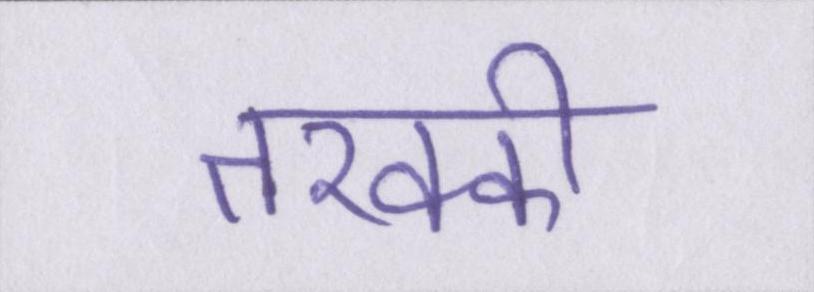
तरक्की